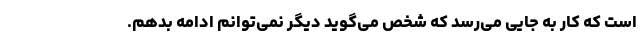
است که کار به جایی می‌رسد که شخص می‌گوید دیگر نمی‌توانم ادامه بدهم.